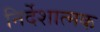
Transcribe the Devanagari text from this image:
निर्देशात्‍मक